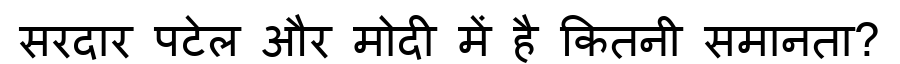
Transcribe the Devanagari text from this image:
सरदार पटेल और मोदी में है कितनी समानता?